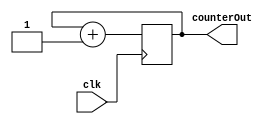
module C_Counter(
    input clk,
    output reg [1:0] counterOut
);
	initial counterOut = 0;
 
	always @ (posedge clk) begin
		counterOut = counterOut + 1;
	end
	
endmodule